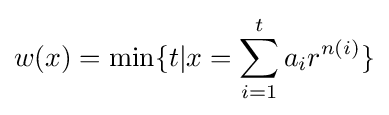
w(x)=\min\{t|x=\sum _{i=1}^{t}a_{i}r^{n(i)}\}